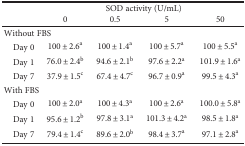
| <ROWSPAN=2>  | <COLSPAN=4> SOD activity (U/mL) |
 | 0 | 0.5 | 5 | 50 |
 | --- | --- | --- | --- | --- |
 | <COLSPAN=5> Without FBS |
 | Day 0 | 100 ± 2.6a | 100 ± 1.4a | 100 ± 5.7a | 100 ± 5.5a |
 | Day 1 | 76.0 ± 2.4b | 94.6 ± 2.1b | 97.6 ± 2.2a | 101.9 ± 1.6a |
 | Day 7 | 37.9 ± 1.5c | 67.4 ± 4.7c | 96.7 ± 0.9a | 99.5 ± 4.3a |
 | <COLSPAN=5> With FBS |
 | Day 0 | 100 ± 2.0a | 100 ± 4.3a | 100 ± 2.6a | 100.0 ± 5.8a |
 | Day 1 | 95.6 ± 1.2b | 97.8 ± 3.1a | 101.3 ± 4.2a | 98.5 ± 1.8a |
 | Day 7 | 79.4 ± 1.4c | 89.6 ± 2.0b | 98.4 ± 3.7a | 97.1 ± 2.8a |